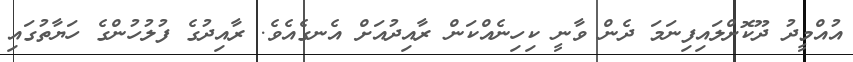
އުއްމީދު ދޫކޮށްލައިފިނަމަ ދެން ވާނީ ކިހިނެއްކަން ރާއިދުއަށް އެނގެއެވެ. ރާއިދުގެ ފުލުހުންގެ ހަޔާތުގައި